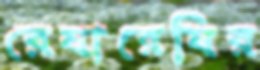
রেষারেষির